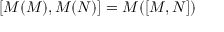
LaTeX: [ { \cal M } ( M ) , { \cal M } ( N ) ] = { \cal M } ( [ M , N ] )